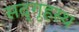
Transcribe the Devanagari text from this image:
सद्‌गृहस्थ